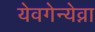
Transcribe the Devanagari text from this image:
येवगेन्येव्ना